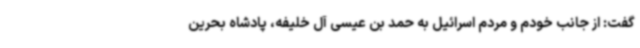
گفت: از جانب خودم و مردم اسرائیل به حمد بن عیسی آل خلیفه، پادشاه بحرین